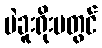
ပဲခူးရိုးမတွင်